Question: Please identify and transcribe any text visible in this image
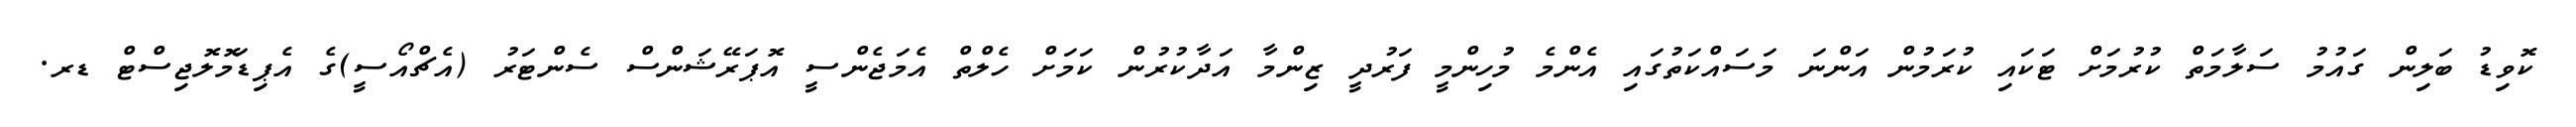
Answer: ކޮވިޑު ބަލިން ގައުމު ސަލާމަތް ކުރުމަށް ޓަކައި ކުރަމުން އަންނަ މަސައްކަތުގައި އެންމެ މުހިންމީ ފަރުދީ ޒިންމާ އަދާކުރުން ކަމަށް ހެލްތް އެމަޖެންސީ އޮޕަރޭޝަންސް ސެންޓަރު (އެޗްއޯސީ)ގެ އެޕިޑަމޮލޮޖިސްޓް ޑރ.